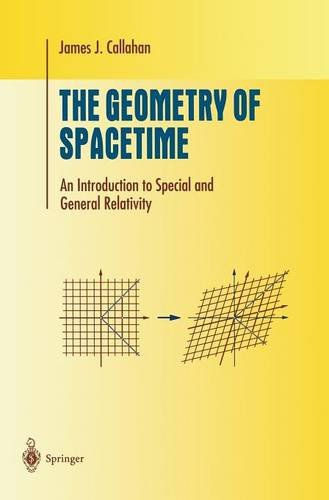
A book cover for The Geometry of Spacetime: An Introduction to Special and General Relativity (Undergraduate Texts in Mathematics); James J. Callahan; Science & Math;